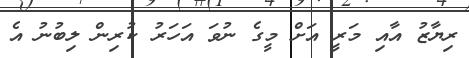
ރިޔާޒު އާއި މަރީ އަށް މީގެ ނުވަ އަހަރު ކުރިން ލިބުނު އެ